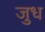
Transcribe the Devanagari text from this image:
जुध